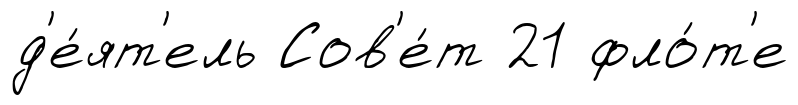
д'е́ят'ель Сов'е́т 21 фло́т'е